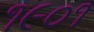
૧૯૦૧